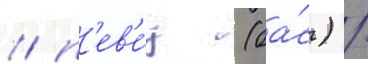
/ п'ев'е́ц (ба́с) /